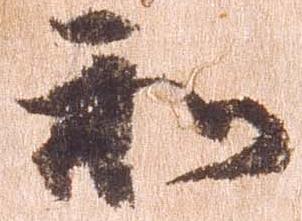
和